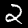
Digit: 2